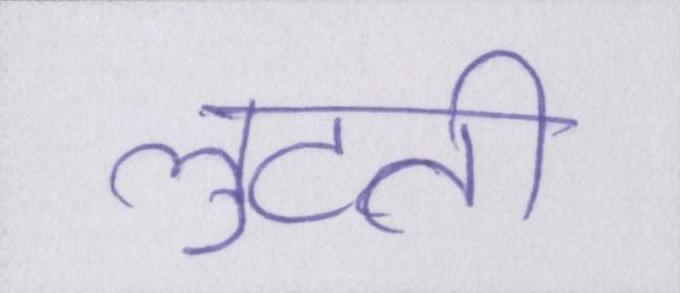
लुटती